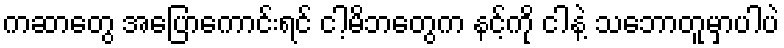
ကဆာတွေ အပြောကောင်းရင် ငါ့မိဘတွေက နင့်ကို ငါနဲ့ သဘောတူမှာပါပဲ